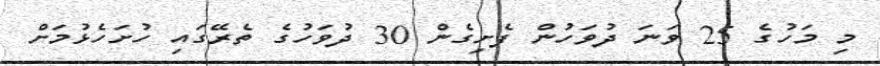
މި މަހުގެ 25 ވަނަ ދުވަހުން ފެށިގެން 30 ދުވަހުގެ ތެރޭގައި ހުށަހެޅުމަށް